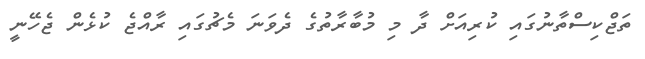
ތަޖްކިސްތާނުގައި ކުރިއަށް ދާ މި މުބާރާތުގެ ދެވަނަ މެޗުގައި ރާއްޖެ ކުޅެން ޖެހޭނީ